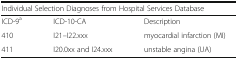
<table><thead><tr><td colspan="3"><b>Individual Selection Diagnoses from Hospital Services Database</b></td></tr></thead><tbody><tr><td>ICD-9<sup>a</sup></td><td>ICD-10-CA</td><td>Description</td></tr><tr><td>410</td><td>I21–I22.xxx</td><td>myocardial infarction (MI)</td></tr><tr><td>411</td><td>I20.0xx and I24.xxx</td><td>unstable angina (UA)</td></tr></tbody></table>